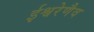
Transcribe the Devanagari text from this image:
ईश्वरेणैव